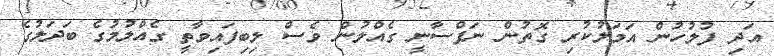
އަދި ފުލުހުން އަމަލުކުރި ގޮތުން ނަފްސާނީ ގެއްލުން ވެސް ލިބިފައިވާތީ ގެއްލުމުގެ ބަދަލުގެ